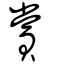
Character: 賞